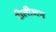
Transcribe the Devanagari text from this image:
रीलीजन